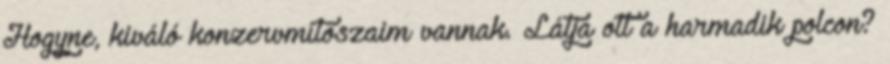
Hogyne, kiváló konzervmítoszaim vannak. Látja ott a harmadik polcon?